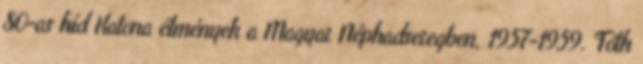
80-as híd Katona élmények a Magyar Néphadseregben, 1957-1959. Tóth